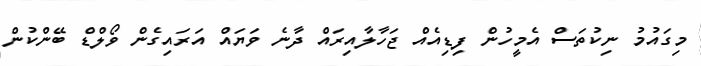
މިގައުމު ނިކުތަސް އެމީހުން ފިޑިއެއް ޖަހާލާއިރައް ދާނެ ވަޔައް އަރައިގެން ވޯލްޑް ބޭންކުން